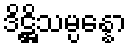
ဒိဋ္ဌိသမ္ပန္နော